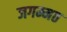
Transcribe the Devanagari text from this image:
जगम्मठ